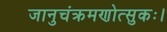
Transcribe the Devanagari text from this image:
जानुचंक्रमणोत्सुकः।